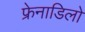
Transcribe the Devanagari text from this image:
फ्रेनाडिलो